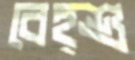
বেহ্শু